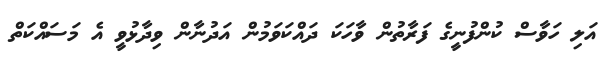
އަލި ހަވާސް ކުންފުނީގެ ފަރާތުން ވާހަކަ ދައްކަވަމުން އަދުނާން ވިދާޅުވީ އެ މަސައްކަތް